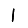
Digit: 1